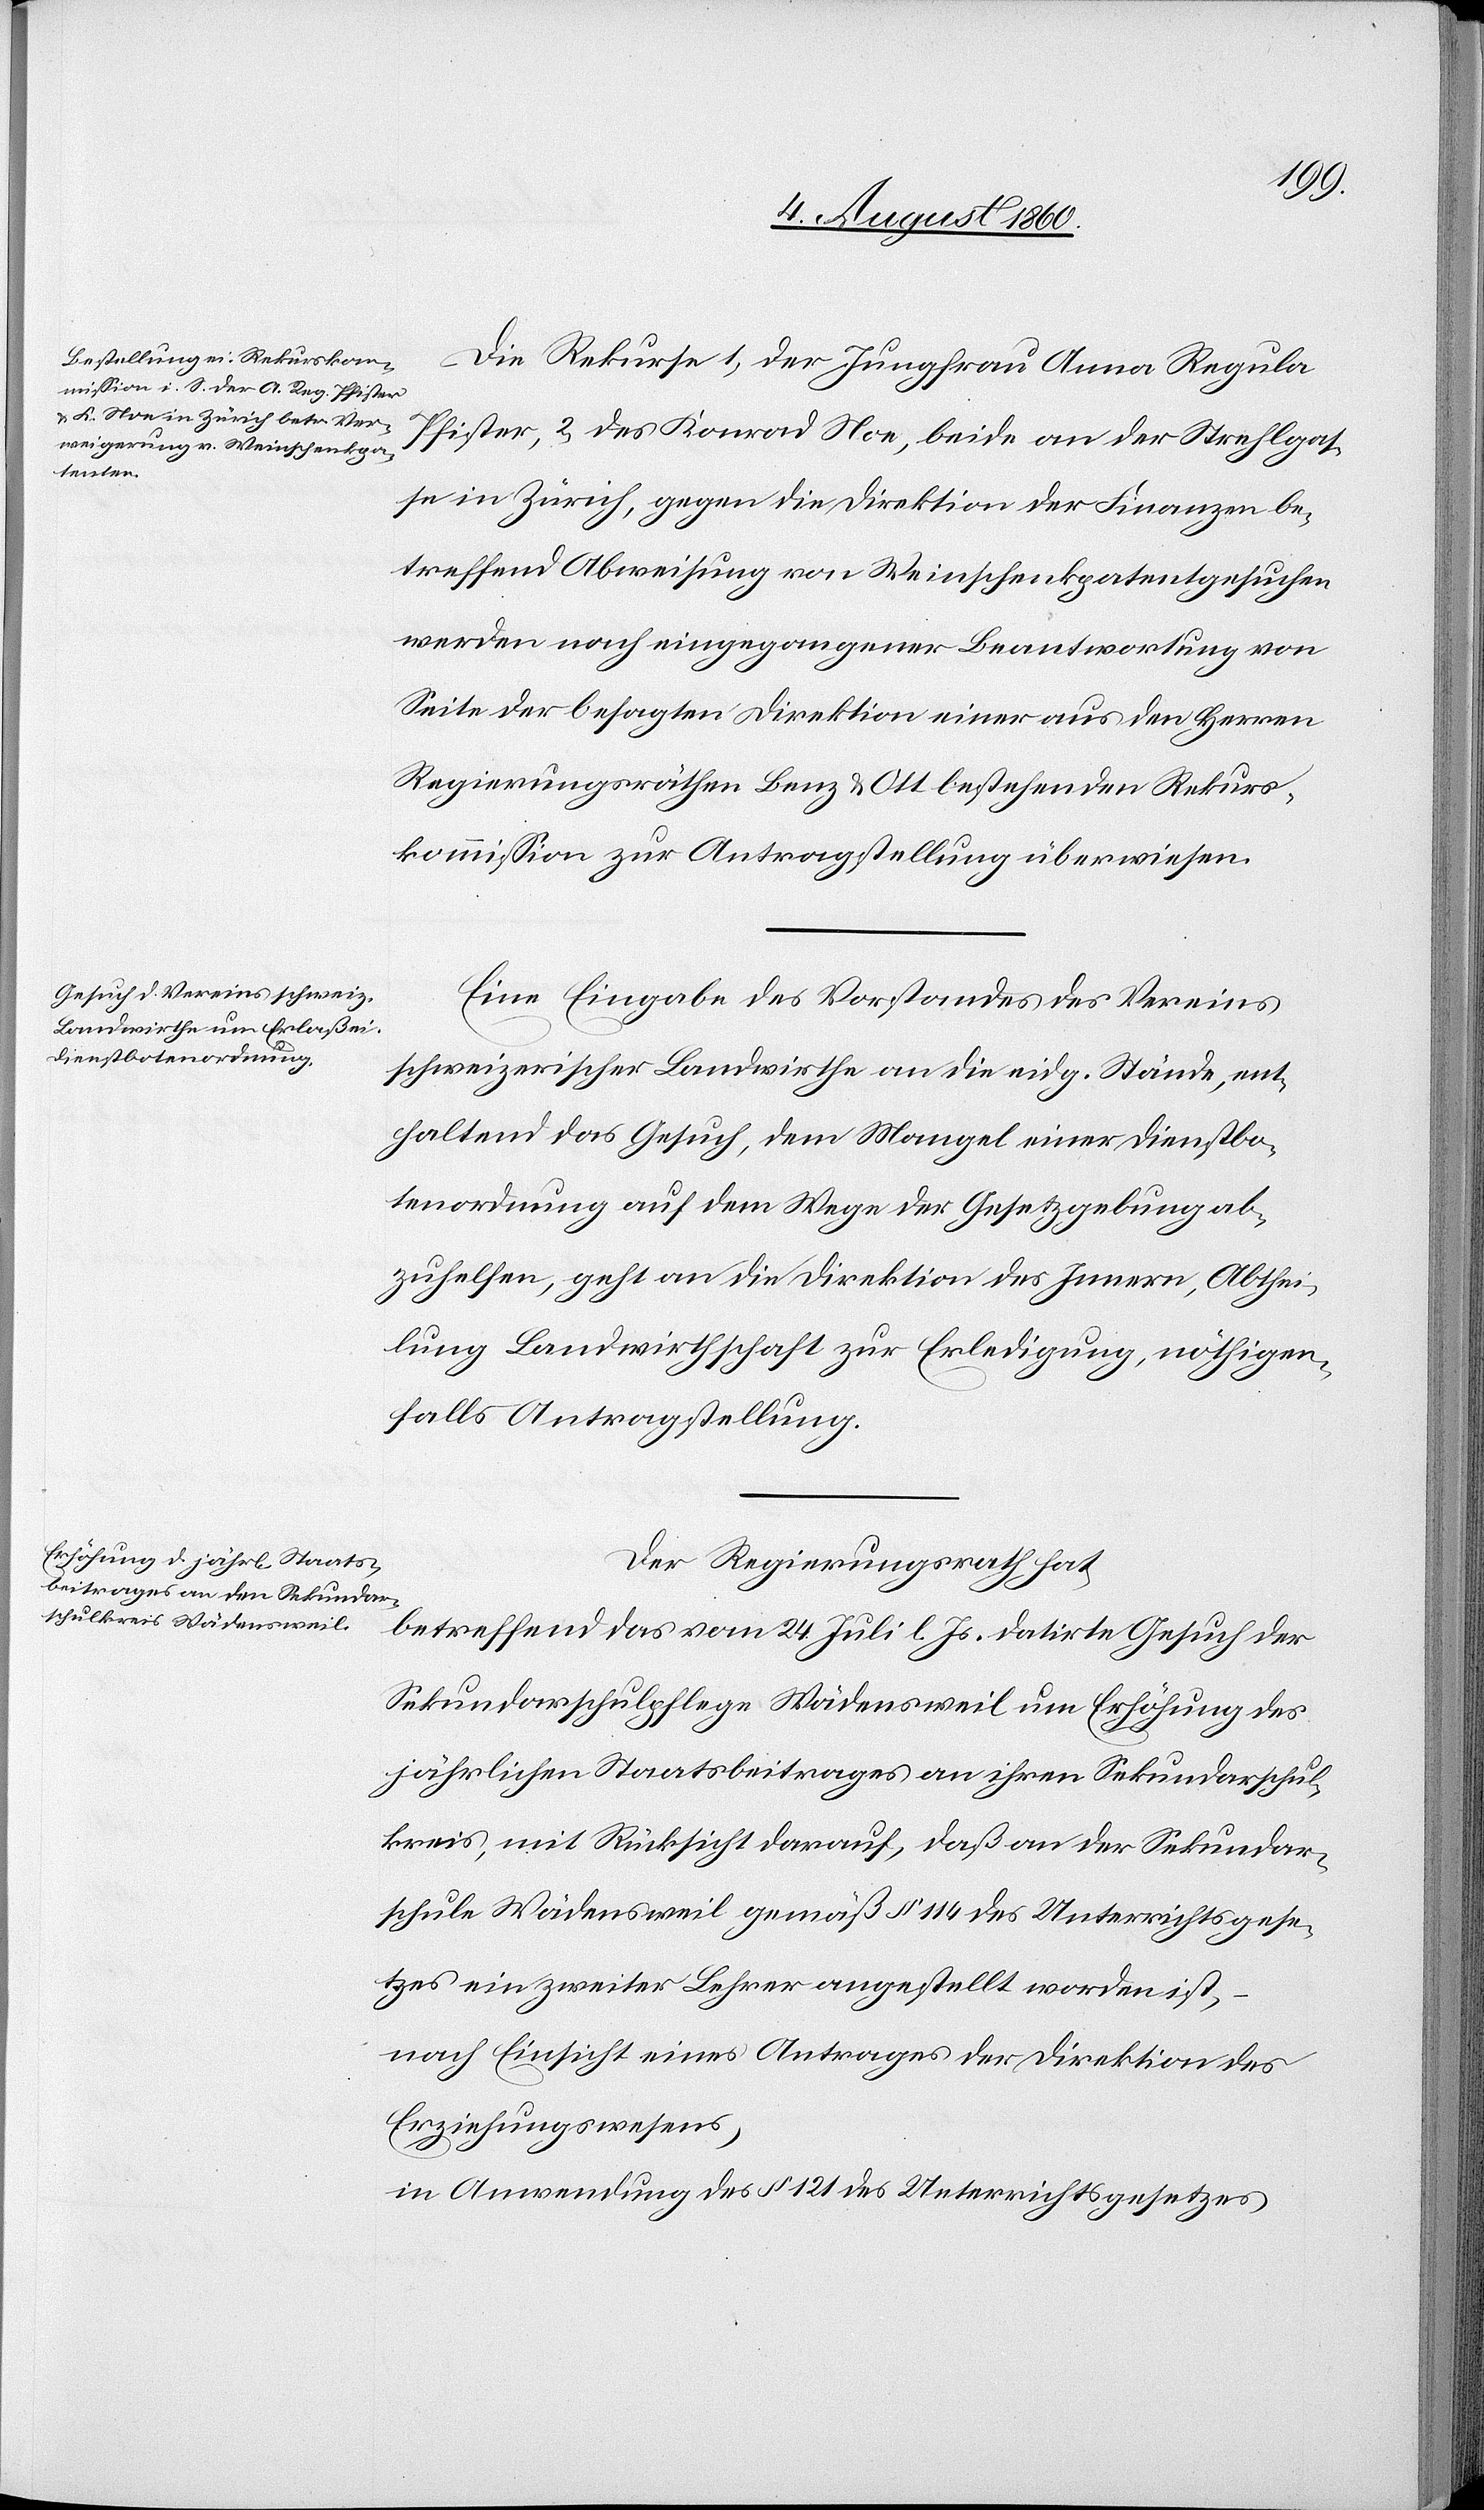
Die Rekurse 1. der Jungfrau Anna Regula
Pfister, 2. des Konrad Noe, beide an der Strehlgas¬
se in Zürich gegen die Direktion der Finanzen be¬
treffend Abweisung von Weinschenkpatentgesuchen
werden nach eingegangener Beantwortung von
Seite der besagten Direktion einer aus den Herren
Regierungsräthen Benz u. Ott bestehenden Rekurs¬
kommission zur Antragstellung überwiesen.
Eine Eingabe des Vorstandes des Vereins
schweizerischer Landwirthe an die eidgen. Stände, ent¬
haltend das Gesuch, dem Mangel einer Dienstbo¬
tenordnung auf dem Wege der Gesetzgebung ab¬
zuhelfen, geht an die Direktion des Innern, Abthei¬
lung Landwirthschaft zur Erledigung nöthigen¬
falls Antragstellung.
Der Regierungsrath hat
betreffend das vom 4. Juli datirte Gesuch der
Sekundarschulpflege Wädensweil um Erhöhung des
jährlichen Staatsbeitrages an ihren Sekundarschul¬
kreis, mit Rücksicht darauf, dass an der Sekundar¬
schule Wädensweil gemäss §. 114 des Unterrichtsgese¬
tzes ein zweiter Lehrer angestellt worden ist,
nach Einsicht eines Antrages der Direktion des
Erziehungswesens,
in Anwendung des §. 121 des Unterrichtsgesetzes